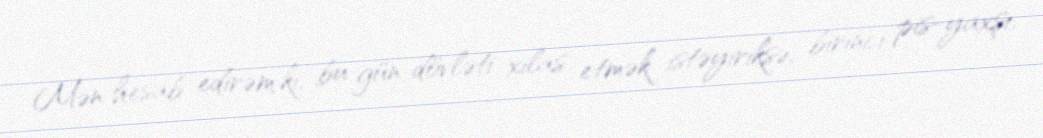
Mən hesab edirəm ki, bu gün dövləti xilas etmək istəyiriksə, birinci pis-yaxşı,